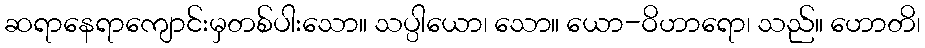
ဆရာနေရာကျောင်းမှတစ်ပါးသော။ သပ္ပါယော၊ သော။ ယော-ဝိဟာရော၊ သည်။ ဟောတိ၊